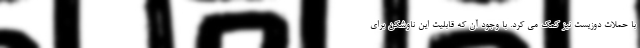
با حملات دوزیست نیز کمک می کرد. با وجود آن که قابلیت این ناوشکن برای